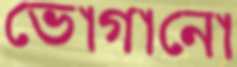
ভোগানো